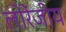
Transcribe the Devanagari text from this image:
लोरेंजीय